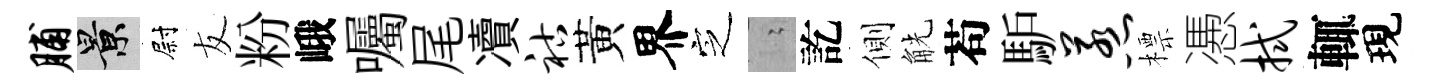
脯景尉友粉峨囑尾凟祜黃界㝎隐訖側觥苟馿惹標慿拭輒現